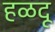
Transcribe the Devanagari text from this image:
हळदू